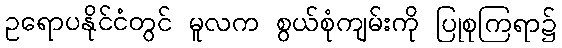
ဥရောပနိုင်ငံတွင် မူလက စွယ်စုံကျမ်းကို ပြုစုကြရာ၌